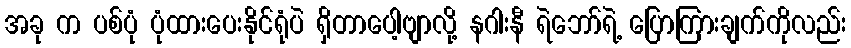
အခု က ပစ်ပုံ ပုံထားပေးနိုင်ရုံပဲ ရှိတာပေါ့ဗျာလို့ နဂါးနီ ရဲဘော်ရဲ့ ပြောကြားချက်ကိုလည်း